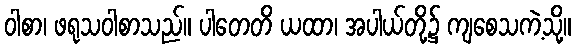
ဝါစာ၊ ဖရုသဝါစာသည်။ ပါတေတိ ယထာ၊ အပါယ်တို့၌ ကျစေသကဲ့သို့။